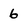
Character: 6